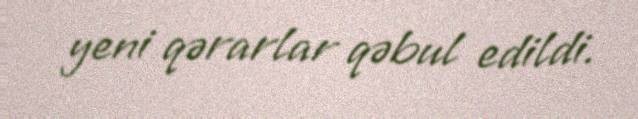
yeni qərarlar qəbul edildi.